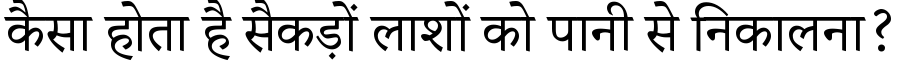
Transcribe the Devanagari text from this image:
कैसा होता है सैकड़ों लाशों को पानी से निकालना?